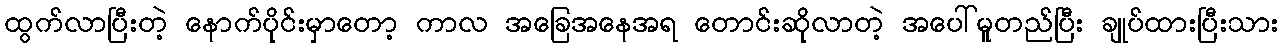
ထွက်လာပြီးတဲ့ နောက်ပိုင်းမှာတော့ ကာလ အခြေအနေအရ တောင်းဆိုလာတဲ့ အပေါ်မူတည်ပြီး ချုပ်ထားပြီးသား